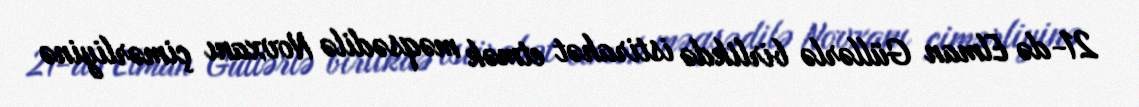
21-də Elman Güllərlə birlikdə istirahət etmək məqsədilə Novxanı çimərliyinə